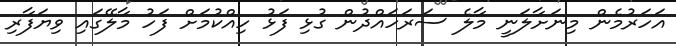
އަހަރުމެން މިނަށާލަނީ މާލެ ސަރަހައްދުން ގުޅި ފަޅު ހިއްކުމަށް ފަހު މާލޭގައި ވިޔަފާރި